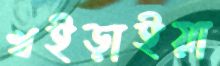
খইড়াইয়া